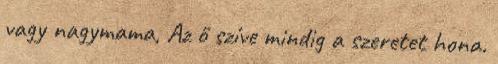
vagy nagymama, Az ő szíve mindig a szeretet hona.